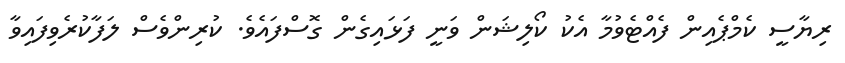
ރިޔާސީ ކެމްޕެއިން ފެއްޓެވުމާ އެކު ކޯލިޝަން ވަނީ ފަޅައިގެން ގޮސްފައެވެ. ކުރިންވެސް ލަފާކުރެވިފައިވާ